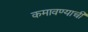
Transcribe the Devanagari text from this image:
कमावण्याची